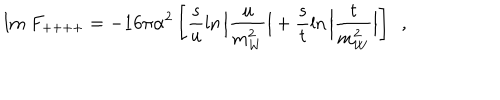
LaTeX: \mathrm { I m ~ } F _ { + + + + } = - 1 6 \pi \alpha ^ { 2 } \left[ \frac { s } { u } \ln \Big | \frac { u } { m _ { W } ^ { 2 } } \Big | + \frac { s } { t } \ln \Big | \frac { t } { m _ { W } ^ { 2 } } \Big | \right] \, \, \, ,